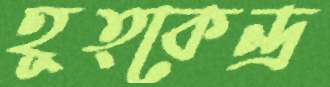
হূত্কেন্দ্র